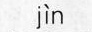
jìn